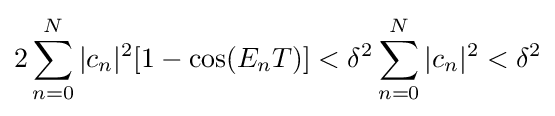
2\sum _{n=0}^{N}|c_{n}|^{2}[1-\cos(E_{n}T)]<\delta ^{2}\sum _{n=0}^{N}|c_{n}|^{2}<\delta ^{2}